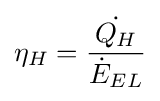
\eta _{H}={\frac {\dot {Q_{H}}}{{\dot {E}}_{EL}}}